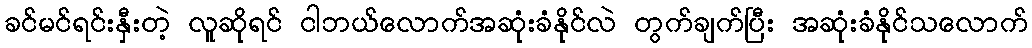
ခင်မင်ရင်းနှီးတဲ့ လူဆိုရင် ငါဘယ်လောက်အဆုံးခံနိုင်လဲ တွက်ချက်ပြီး အဆုံးခံနိုင်သလောက်